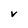
Character: v